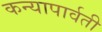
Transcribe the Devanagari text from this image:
कन्यापार्वती